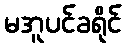
မအူပင်ခရိုင်